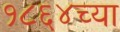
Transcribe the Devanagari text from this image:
१८६४च्या